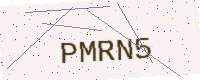
Text: PMRN5